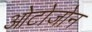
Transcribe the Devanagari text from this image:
ओटोजोन